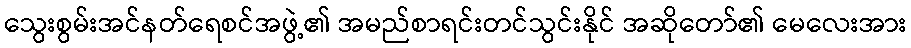
သွေးစွမ်းအင်နတ်ရေစင်အဖွဲ့၏ အမည်စာရင်းတင်သွင်းနိုင် အဆိုတော်၏ မေလေးအား